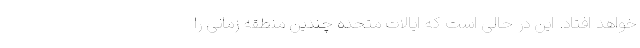
خواهد افتاد. این در حالی است که ایالات متحده چندین منطقه زمانی را